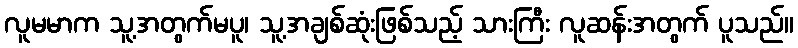
လူမမာက သူ့အတွက်မပူ၊ သူ့အချစ်ဆုံးဖြစ်သည့် သားကြီး လူဆန်းအတွက် ပူသည်။